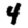
Digit: 4